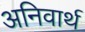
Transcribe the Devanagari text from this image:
अनिवार्थ